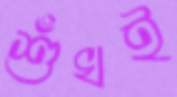
শুঁখই